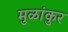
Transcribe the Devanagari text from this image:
मुळांकुर